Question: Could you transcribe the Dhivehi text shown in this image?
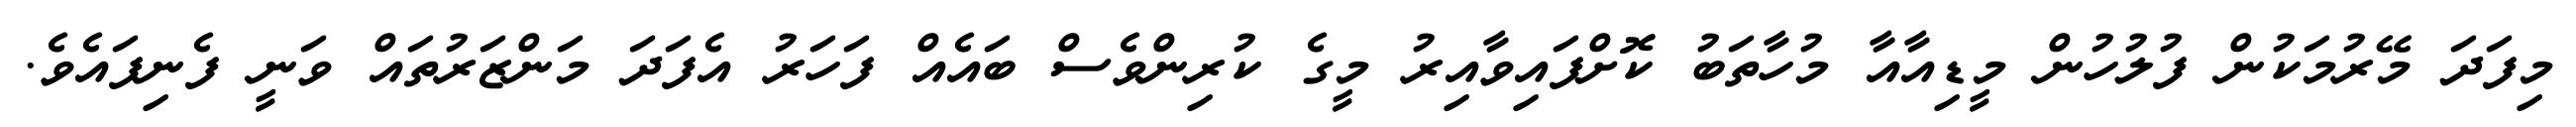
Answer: މިފަދަ މޭރުމަކުން ފުލުހުން މީޑިއާއާ މުހާތަބު ކޮށްފައިވާއިރު މީގެ ކުރިންވެސް ބައެއް ފަހަރު އެފަދަ މަންޒަރުތައް ވަނީ ފެނިފައެވެ.